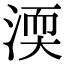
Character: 渜